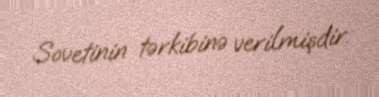
Sovetinin tərkibinə verilmişdir.